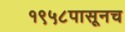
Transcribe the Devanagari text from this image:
१९५८पासूनच